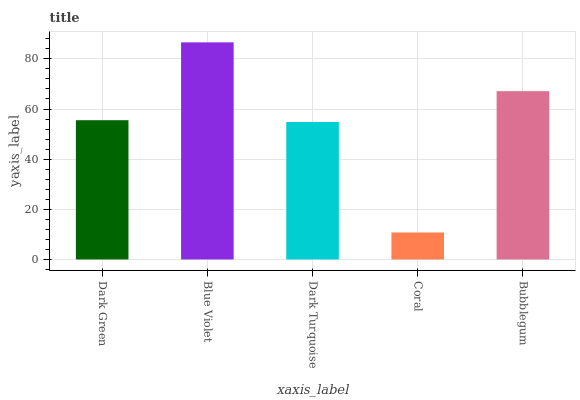
| xaxis_label | bars |
 | --- | --- |
 | Dark Green | 55.5 |
 | Blue Violet | 86.6 |
 | Dark Turquoise | 54.8 |
 | Coral | 10.8 |
 | Bubblegum | 67.1 |